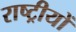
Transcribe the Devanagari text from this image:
राष्ट्रीयों